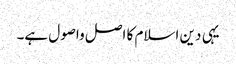
یہی دین اسلام کا اصل واصول ہے۔